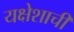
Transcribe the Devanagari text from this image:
यक्षेशाची